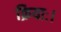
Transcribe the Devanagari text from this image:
क्रियाः।